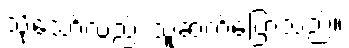
သို့သော်လည်း သူဆက်ပြောသည်။